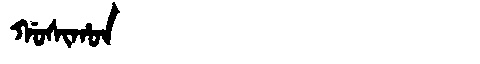
Manchu: ᡤᠣᠰᡳᡥᠣᠨ
Romanization: GOSIHON